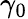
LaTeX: \gamma_{0}